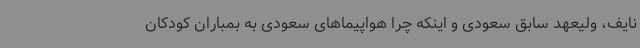
نایف، ولیعهد سابق سعودی و اینکه چرا هواپیماهای سعودی به بمباران کودکان